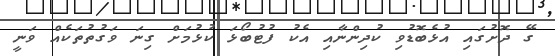
ގޭ ދޮށުގައި އުޅެބޮޑުވި ކުދިންނާއި އެކު ފުޓުބޯޅަ ކުޅުމަށް ގިނަ ވަގުތުތަކެއް ވަނީ